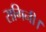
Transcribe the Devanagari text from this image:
रागिनी।